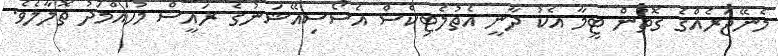
މެނޭޖަރެއްގެ ގޮތުން ޓީމާ އެކު ދާނީ އެތުލެޓިކްސް އެސޯސިއޭޝަނުގެ ރައީސް މުހައްމަދު ތޮލާލެވެ.